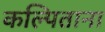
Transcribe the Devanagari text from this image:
कल्पिताना